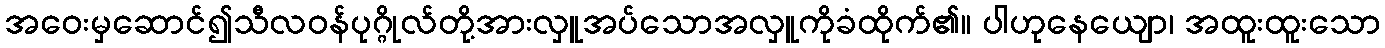
အဝေးမှဆောင်၍သီလဝန်ပုဂ္ဂိုလ်တို့အားလှူအပ်သောအလှူကိုခံထိုက်၏။ ပါဟုနေယျော၊ အထူးထူးသော